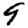
Digit: 9